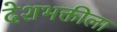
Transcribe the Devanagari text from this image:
देशभक्तीला